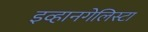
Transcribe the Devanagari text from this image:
इव्हानगेलिस्टा